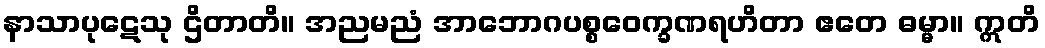
နာသာပုဋေသု ဌိတာတိ။ အညမညံ အာဘောဂပစ္စဝေက္ခဏရဟိတာ ဧတေ ဓမ္မာ။ ဣတိ